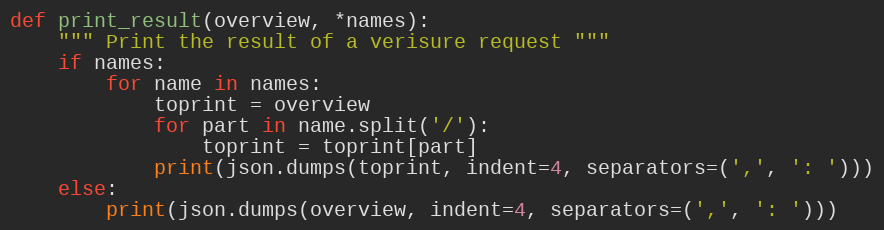
Language: Python
def print_result(overview, *names):
    """ Print the result of a verisure request """
    if names:
        for name in names:
            toprint = overview
            for part in name.split('/'):
                toprint = toprint[part]
            print(json.dumps(toprint, indent=4, separators=(',', ': ')))
    else:
        print(json.dumps(overview, indent=4, separators=(',', ': ')))